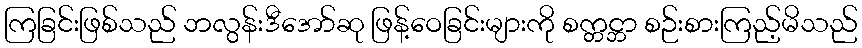
ကြခြင်းဖြစ်သည် ဘလွန်းဒီအော်ဆု ဖြန့်ဝေခြင်းများကို စက္တင္ဘာ စဉ်းစားကြည့်မိသည်